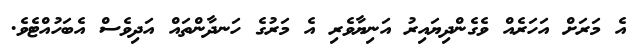
އެ މަރަށް އަހަރެއް ވެގެންދިޔައިރު އަނިޔާވެރި އެ މަރުގެ ހަނދާންތައް އަދިވެސް އެބަހުއްޓެވެ.